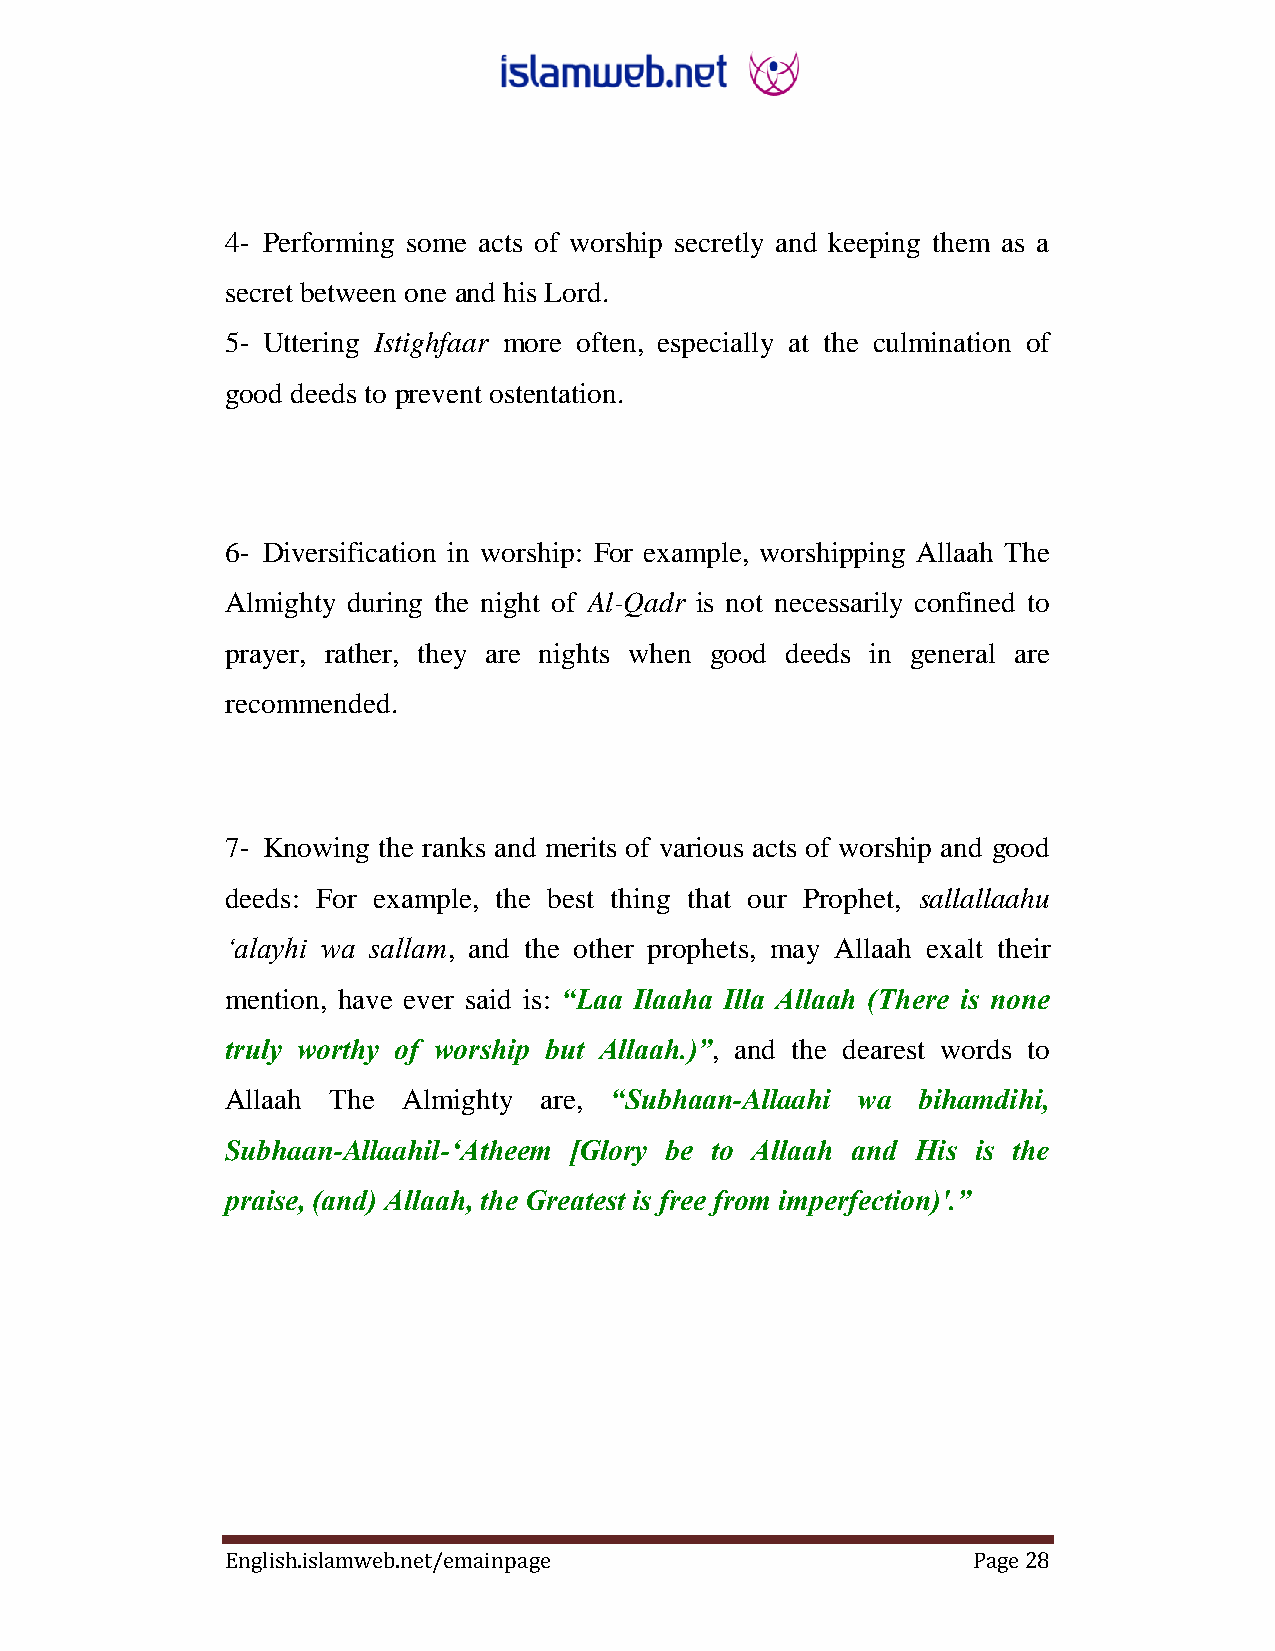
4- Performing some acts of worship secretly and keeping them as a
 secret between one and his Lord.
 5- Uttering Istighfaar more often, especially at the culmination of
 good deeds to prevent ostentation.
 6- Diversification in worship: For example, worshipping Allaah The
 Almighty during the night of Al-Qadr is not necessarily confined to
 prayer, rather, they are nights when good deeds in general are
 recommended.
 7- Knowing the ranks and merits of various acts of worship and good
 deeds: For example, the best thing that our Prophet, sallallaahu
 „alayhi wa sallam, and the other prophets, may Allaah exalt their
 mention, have ever said is: “Laa Ilaaha Illa Allaah (There is none
 truly worthy of worship but Allaah.)”, and the dearest words to
 Allaah The  Almighty are, “Subhaan-Allaahi wa bihamdihi,
 Subhaan-Allaahil-„Atheem [Glory be to Allaah and His is the
 praise, (and) Allaah, the Greatest is free from imperfection)'.”
 English.islamweb.net/emainpage                   Page 28